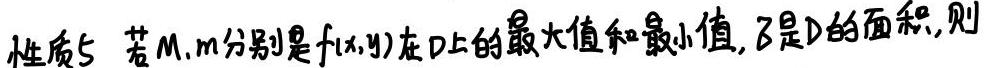
性质5 若$M,m$分别是$f(x,y)$在$D$上的最大值和最小值,$\sigma$是$D$的面积,则